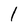
Character: 1